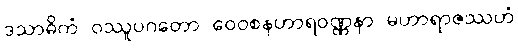
ဒသာဓိကံ ဝဿူပဂတော ဝေဝစနဟာရဝဏ္ဏနာ မဟာရာဇဿဟံ